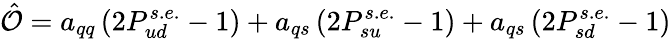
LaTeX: \hat{\cal O}=a_{qq}\left(2P_{ud}^{s.e.}-1\right)+a_{qs}\left(2P_{su}^{s.e.}-1\right)+a_{qs}\left(2P_{sd}^{s.e.}-1\right)